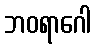
ဘဝရာဂေါ